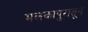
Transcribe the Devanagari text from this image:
मलकापुरातून